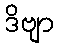
ဒိဗျာ